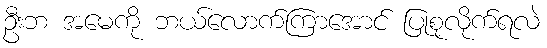
ဦးဘ အမေကို ဘယ်လောက်ကြာအောင် ပြုစုလိုက်ရလဲ